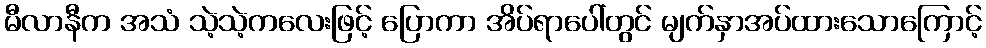
မီလာနီက အသံ သဲ့သဲ့ကလေးဖြင့် ပြောကာ အိပ်ရာပေါ်တွင် မျက်နှာအပ်ထားသောကြောင့်